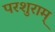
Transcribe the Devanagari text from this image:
परशुराम्